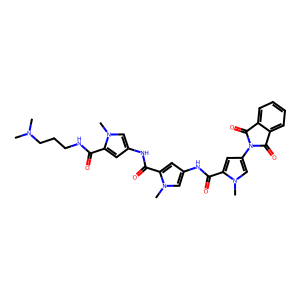
SMILES: CN(C)CCCNC(=O)c1cc(NC(=O)c2cc(NC(=O)c3cc(N4C(=O)c5ccccc5C4=O)cn3C)cn2C)cn1C
Inhibits HIV replication: Yes